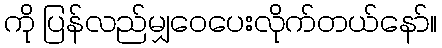
ကို ပြန်လည်မျှဝေပေးလိုက်တယ်နော်။